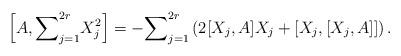
LaTeX: \begin{align*} \left[A,{\sum}_{j=1}^{2r}X_j^2\right]=- {\sum}_{j=1}^{2r}\left(2[X_j,A]X_j+[X_j,[X_j,A]]\right).\end{align*}